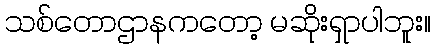
သစ်တောဌာနကတော့ မဆိုးရှာပါဘူး။